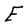
Character: E